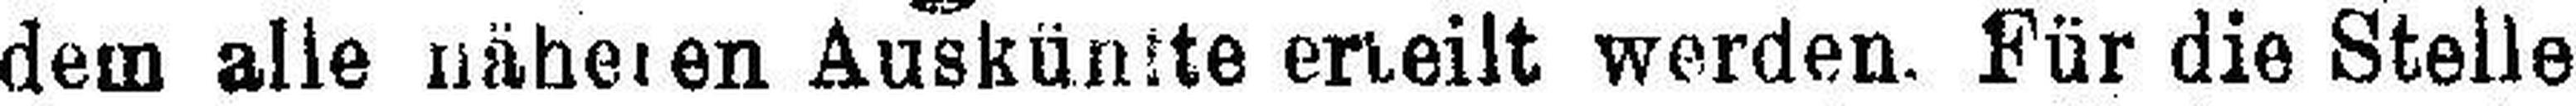
dem alle näheren Auskünfte erteilt werden. Für die Stelle